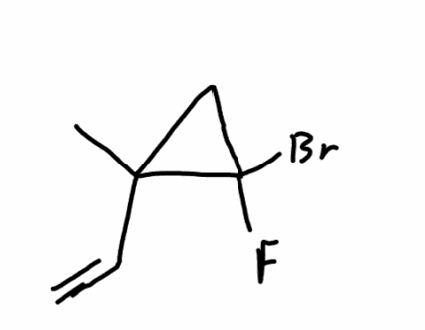
Simplified molecular-input line-entry system (SMILES) notation of the given molecule:
CC1(CC1(F)Br)C=C